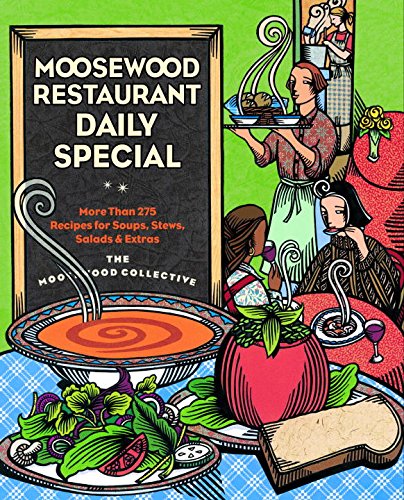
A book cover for Moosewood Restaurant Daily Special: More Than 275 Recipes for Soups, Stews, Salads and Extras; Moosewood Collective; Cookbooks, Food & Wine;